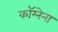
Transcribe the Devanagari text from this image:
कॉम्नेना